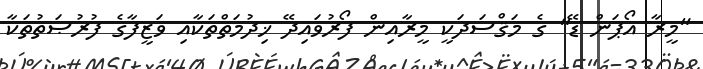
"މީރާ އޯޕަން ޑޭ" ގެ މަޤްސަދަކީ މީރާއިން ފޯރުވައިދޭ ޚިދުމަތްތަކާއި ވަޒީފާގެ ފުރުޞަތުތަކާ